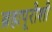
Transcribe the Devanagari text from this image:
ब्रह्मपूरीशी